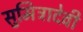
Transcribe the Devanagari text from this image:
सुमित्रादेवी